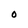
Character: O